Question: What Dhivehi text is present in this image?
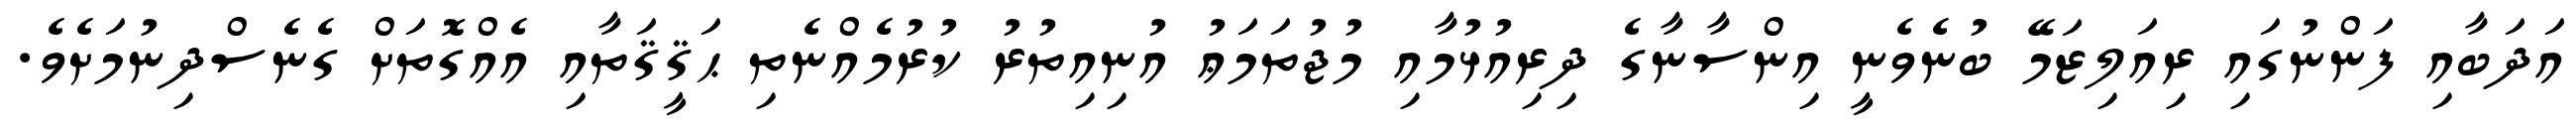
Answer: އަދަބާއި ފަންނުގައި ރިއަލިޒަމޭ ބުނެވެނީ އިންސާނާގެ ދިރިއުޅުމާއި މުޖުތަމަޢު އުނިއިތުރު ކުރުމެއްނެތި ޙަޤީޤަތާއި އެއްގޮތަށް ގެނެސްދިނުމަށެވެ.